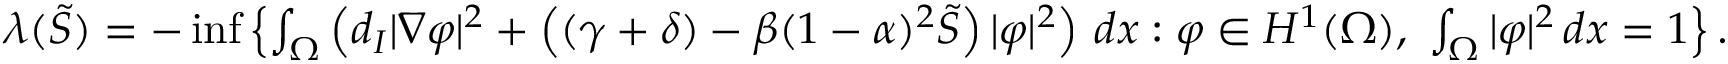
\begin{array} { r } { \lambda ( \tilde { S } ) = - \operatorname* { i n f } \left\{ \int _ { \Omega } \left( d _ { I } | \nabla \varphi | ^ { 2 } + \left( ( \gamma + \delta ) - \beta ( 1 - \alpha ) ^ { 2 } \tilde { S } \right) | \varphi | ^ { 2 } \right) \, d x : \varphi \in H ^ { 1 } ( \Omega ) , ~ \int _ { \Omega } | \varphi | ^ { 2 } \, d x = 1 \right\} . } \end{array}